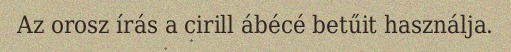
Az orosz írás a cirill ábécé betűit használja.